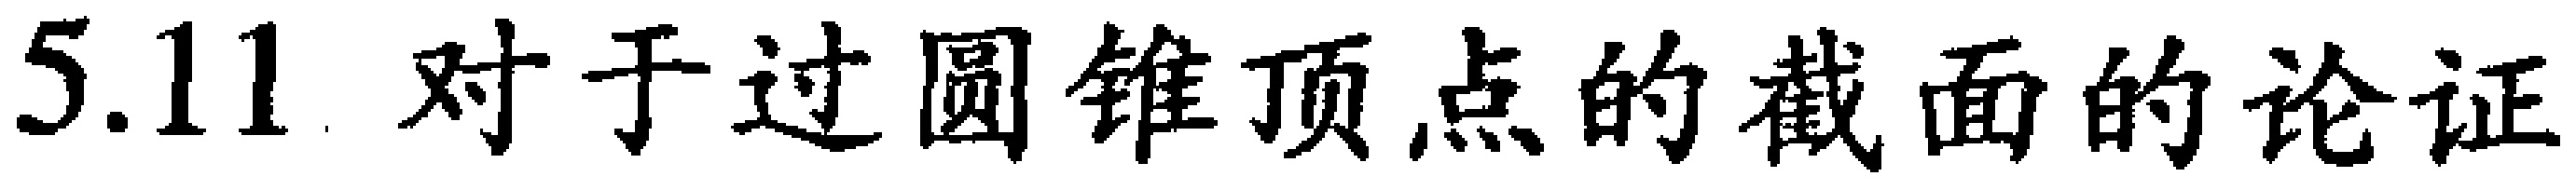
5.11. 对于过圆锥顶点的截面的论证